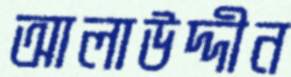
আলাউদ্দীন